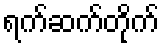
ရက်ဆက်တိုက်